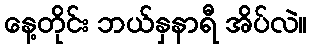
နေ့တိုင်း ဘယ်နှနာရီ အိပ်လဲ။